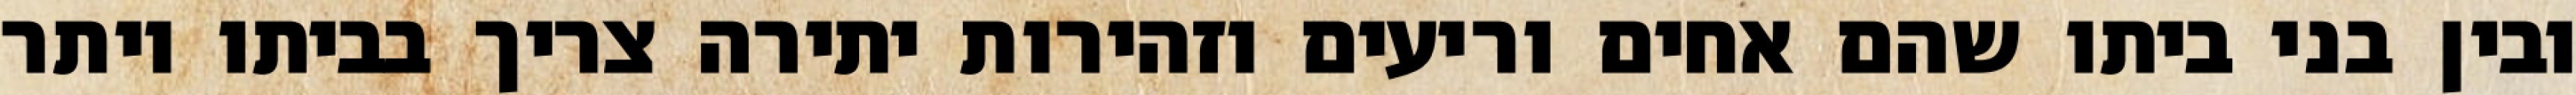
ובין בני ביתו שהם אחים וריעים וזהירות יתירה צריך בביתו יותר